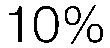
10%